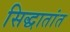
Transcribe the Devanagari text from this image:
सिद्धातांत